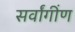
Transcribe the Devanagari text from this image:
सर्वांगींण